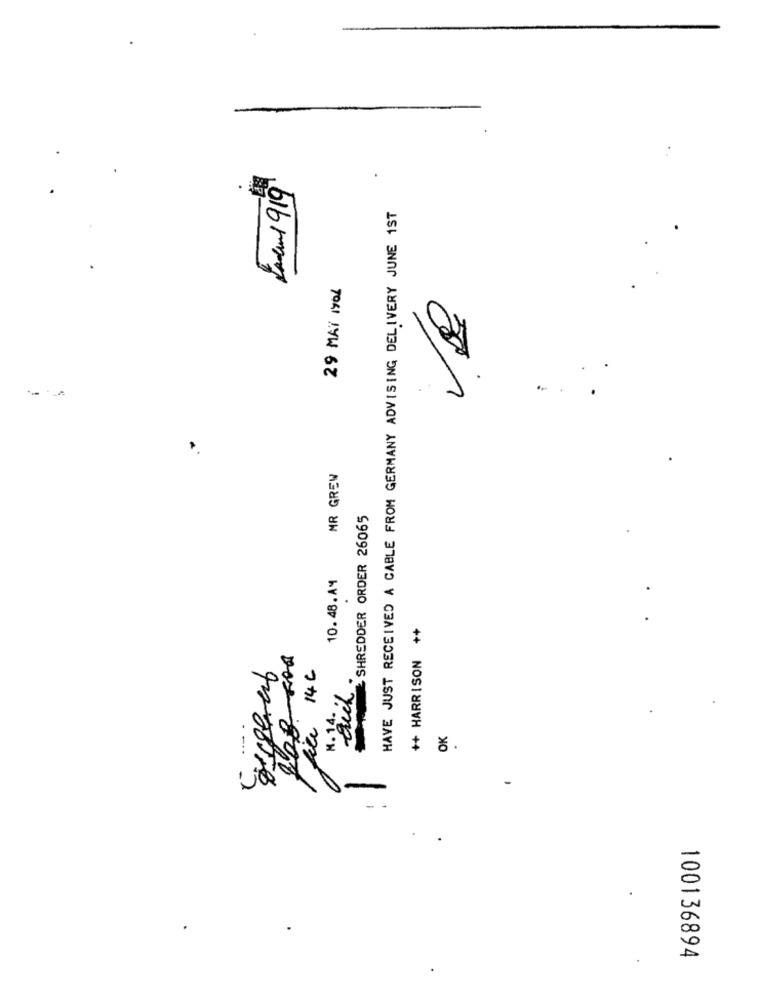
Ladul 919
HAVE JUST RECEIVED A CABLE FROM GERMANY ADVISING DELIVERY JUNE 1ST
29 MAY 1906
--
..
.
MR GREW
SHREDDER ORDER 26065
10.48.AM
++ HARRISON ++
file 146
auch .
N. 14. .
OK
100136894